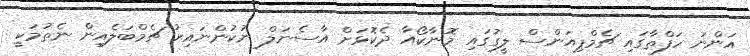
އަންނަ ހަފްތާގައި ޗެމްޕިއަންސް ލީގުގައި މޮނާކޯއާ ދެކޮޅަށް އާސެނަލް ނުކުންނައިރު ޗެމްބަލެއިން ނެތުމަކީ